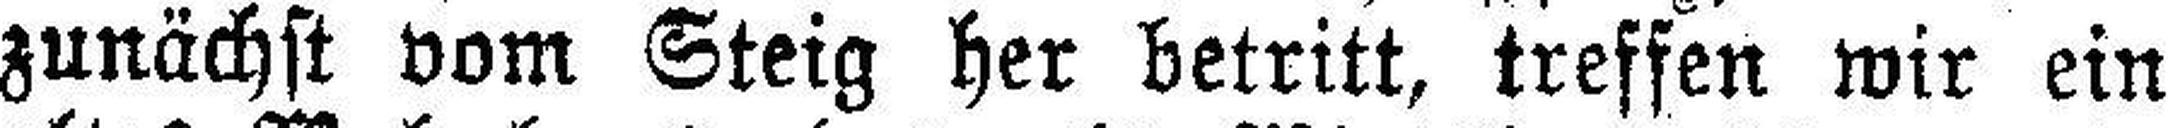
zunächst vom Steig her betritt, treffen wir ein